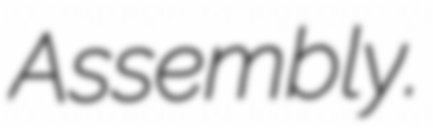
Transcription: Assembly.